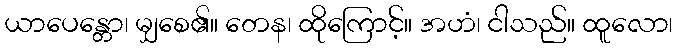
ယာပေန္တော၊ မျှစေ၏။ တေန၊ ထိုကြောင့်။ အဟံ၊ ငါသည်။ ထူလော၊